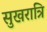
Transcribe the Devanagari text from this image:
सुखरात्रि